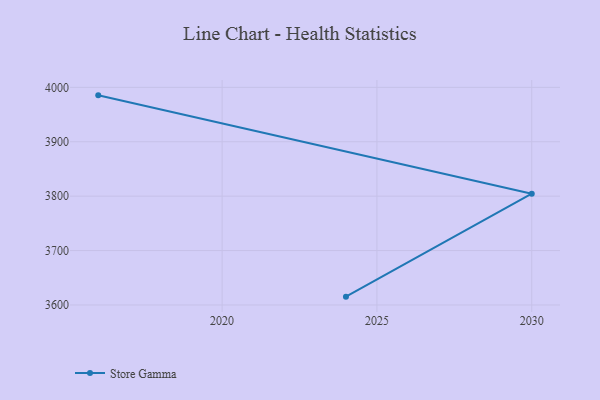
{"axis": {"x": "Year", "y": "Net Income (USD K)"}, "legend": ["Store Gamma"], "data": [{"x": "2024", "y": 3615.3, "type": "Store Gamma"}, {"x": "2030", "y": 3804.6, "type": "Store Gamma"}, {"x": "2016", "y": 3985.3, "type": "Store Gamma"}]}